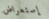
إستعراض